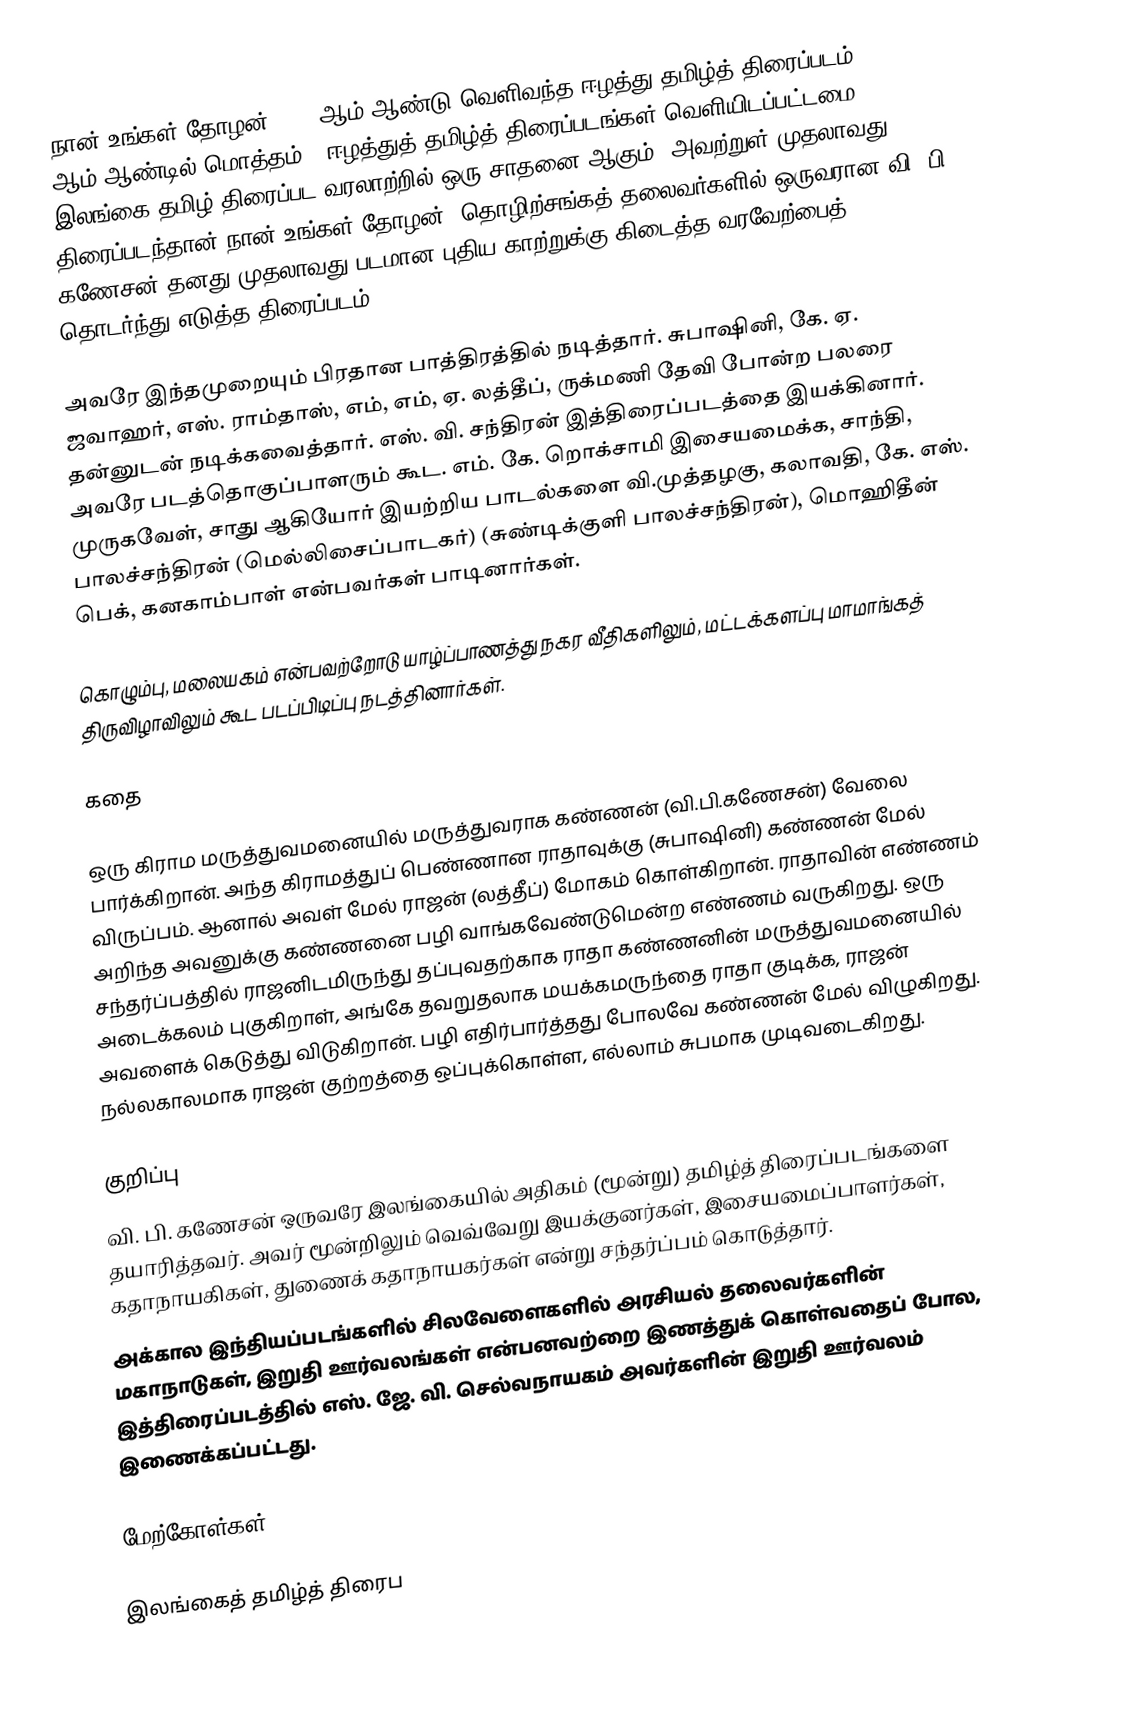
நான் உங்கள் தோழன் 1978 ஆம் ஆண்டு வெளிவந்த ஈழத்து தமிழ்த் திரைப்படம். 1978 ஆம் ஆண்டில் மொத்தம் 6 ஈழத்துத் தமிழ்த் திரைப்படங்கள் வெளியிடப்பட்டமை இலங்கை தமிழ் திரைப்பட வரலாற்றில் ஒரு சாதனை ஆகும். அவற்றுள் முதலாவது திரைப்படந்தான் நான் உங்கள் தோழன். தொழிற்சங்கத் தலைவர்களில் ஒருவரான வி. பி. கணேசன் தனது முதலாவது படமான புதிய காற்றுக்கு கிடைத்த வரவேற்பைத் தொடர்ந்து எடுத்த திரைப்படம்.

அவரே இந்தமுறையும் பிரதான பாத்திரத்தில் நடித்தார். சுபாஷினி, கே. ஏ. ஜவாஹர், எஸ். ராம்தாஸ், எம், எம், ஏ. லத்தீப், ருக்மணி தேவி போன்ற பலரை தன்னுடன் நடிக்கவைத்தார். எஸ். வி. சந்திரன் இத்திரைப்படத்தை இயக்கினார். அவரே படத்தொகுப்பாளரும் கூட. எம். கே. றொக்சாமி இசையமைக்க, சாந்தி, முருகவேள், சாது ஆகியோர் இயற்றிய பாடல்களை வி.முத்தழகு, கலாவதி, கே. எஸ். பாலச்சந்திரன் (மெல்லிசைப்பாடகர்) (சுண்டிக்குளி பாலச்சந்திரன்), மொஹிதீன் பெக், கனகாம்பாள் என்பவர்கள் பாடினார்கள்.

கொழும்பு, மலையகம் என்பவற்றோடு யாழ்ப்பாணத்து நகர வீதிகளிலும், மட்டக்களப்பு மாமாங்கத் திருவிழாவிலும் கூட படப்பிடிப்பு நடத்தினார்கள்.

கதை

ஒரு கிராம மருத்துவமனையில் மருத்துவராக கண்ணன் (வி.பி.கணேசன்) வேலை பார்க்கிறான். அந்த கிராமத்துப் பெண்ணான ராதாவுக்கு (சுபாஷினி) கண்ணன் மேல் விருப்பம். ஆனால் அவள் மேல் ராஜன் (லத்தீப்) மோகம் கொள்கிறான். ராதாவின் எண்ணம் அறிந்த அவனுக்கு கண்ணனை பழி வாங்கவேண்டுமென்ற எண்ணம் வருகிறது. ஒரு சந்தர்ப்பத்தில் ராஜனிடமிருந்து தப்புவதற்காக ராதா கண்ணனின் மருத்துவமனையில் அடைக்கலம் புகுகிறாள், அங்கே தவறுதலாக மயக்கமருந்தை ராதா குடிக்க, ராஜன் அவளைக் கெடுத்து விடுகிறான். பழி எதிர்பார்த்தது போலவே கண்ணன் மேல் விழுகிறது. நல்லகாலமாக ராஜன் குற்றத்தை ஒப்புக்கொள்ள, எல்லாம் சுபமாக முடிவடைகிறது.

குறிப்பு
 வி. பி. கணேசன் ஒருவரே இலங்கையில் அதிகம் (மூன்று) தமிழ்த் திரைப்படங்களை தயாரித்தவர். அவர் மூன்றிலும் வெவ்வேறு இயக்குனர்கள், இசையமைப்பாளர்கள், கதாநாயகிகள், துணைக் கதாநாயகர்கள் என்று சந்தர்ப்பம் கொடுத்தார்.
 அக்கால இந்தியப்படங்களில் சிலவேளைகளில் அரசியல் தலைவர்களின் மகாநாடுகள், இறுதி ஊர்வலங்கள் என்பனவற்றை இணத்துக் கொள்வதைப் போல, இத்திரைப்படத்தில் எஸ். ஜே. வி. செல்வநாயகம் அவர்களின் இறுதி ஊர்வலம் இணைக்கப்பட்டது.

மேற்கோள்கள்

இலங்கைத் தமிழ்த் திரைப